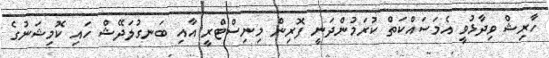
ހާރިޝް ވިދާޅުވީ އެމަސައްކަތް ކުރަމުންދަނީ ފޮރިން މިނިސްޓްރީ އާއި ބަނގުލަދޭޝް ހައި ކޮމިޝަނުގެ